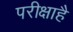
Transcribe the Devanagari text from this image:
परीक्षाहै